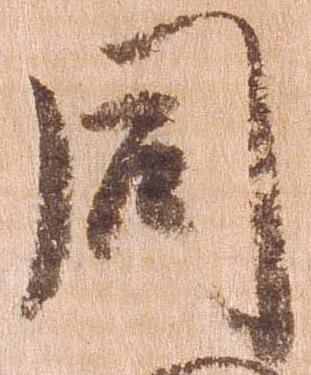
同